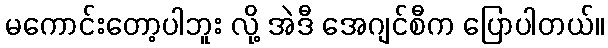
မကောင်းတော့ပါဘူး လို့ အဲဒီ အေဂျင်စီက ပြောပါတယ်။